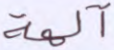
آلهة